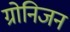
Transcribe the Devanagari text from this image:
ग्रोनिजन